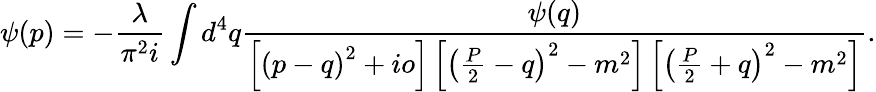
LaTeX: \psi(p)=-\frac{\lambda}{\pi^{2}i}\int d^{4}q\frac{\psi(q)}{\left[\left(p-q\right)^{2}+io\right]\left[\left(\frac{P}{2}-q\right)^{2}-m^{2}\right]\left[\left(\frac{P}{2}+q\right)^{2}-m^{2}\right]}.